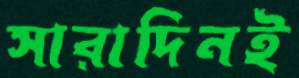
সারাদিনই